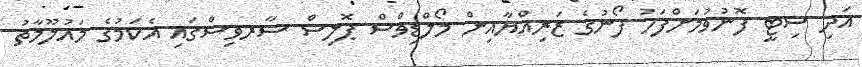
އަދި ސިޓީ ފޮނުވުމަށްފަހު ފޯނުގެ ޒަރިއްޔާއިން މޯލްޑިވްސް ޕޮލިސް ސާރވިސްގައި އެކަމުގެ މައުލޫމާތު